Indian journal of veterinary science and animal husbandry - Volumes 18-21, 1948-1951
Year: 1948
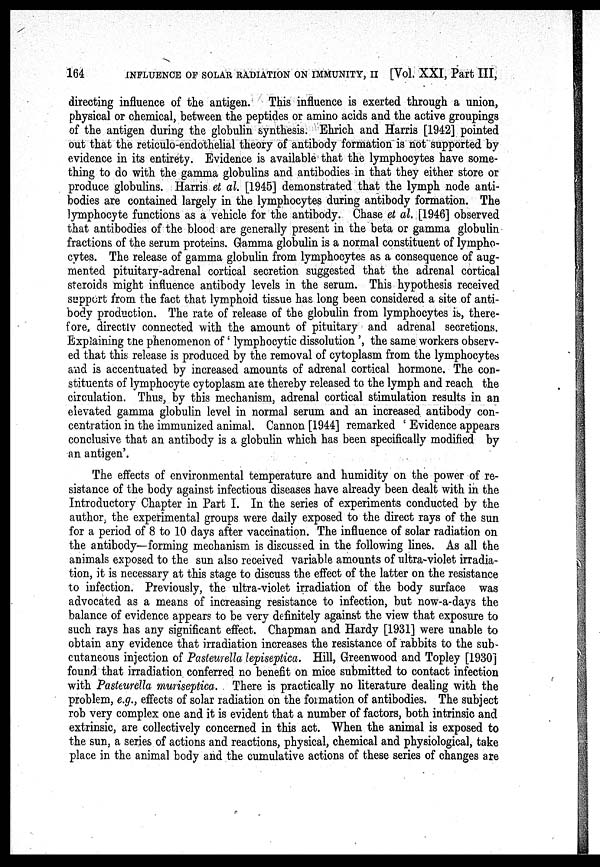
164
INFLUENCE OF SOLAR RADIATION ON IMMUNITY, II [Vol. XXI, Part III,
directing influence of the antigen. This influence is exerted through a union,
physical or chemical, between the peptides or amino acids and the active groupings
of the antigen during the globulin synthesis. Ehrich and Harris [1942] pointed
out that the reticulo-endothelial theory of antibody formation is not supported by
evidence in its entirety. Evidence is available that the lymphocytes have some-
thing to do with the gamma globulins and antibodies in that they either store or
produce globulins. Harris et al. [1945] demonstrated that the lymph node anti-
bodies are contained largely in the lymphocytes during antibody formation. The
lymphocyte functions as a vehicle for the antibody. Chase et al. [1946] observed
that antibodies of the blood are generally present in the beta or gamma globulin
fractions of the serum proteins. Gamma globulin is a normal constituent of lympho-
cytes. The release of gamma globulin from lymphocytes as a consequence of aug-
mented pituitary-adrenal cortical secretion suggested that the adrenal cortical
steroids might influence antibody levels in the serum. This hypothesis received
support from the fact that lymphoid tissue has long been considered a site of anti-
body production. The rate of release of the globulin from lymphocytes is, there-
fore, directly connected with the amount of pituitary and adrenal secretions.
Explaining the phenomenon of 'lymphocytic dissolution', the same workers observ-
ed that this release is produced by the removal of cytoplasm from the lymphocytes
and is accentuated by increased amounts of adrenal cortical hormone. The con-
stituents of lymphocyte cytoplasm are thereby released to the lymph and reach the
circulation. Thus, by this mechanism, adrenal cortical stimulation results in an
elevated gamma globulin level in normal serum and an increased antibody con-
centration in the immunized animal. Cannon [1944] remarked 'Evidence appears
conclusive that an antibody is a globulin which has been specifically modified by
an antigen'.
The effects of environmental temperature and humidity on the power of re-
sistance of the body against infectious diseases have already been dealt with in the
Introductory Chapter in Part I. In the series of experiments conducted by the
author the experimental groups were daily exposed to the direct rays of the sun
for a period of 8 to 10 days after vaccination. The influence of solar radiation on
the antibody—forming mechanism is discussed in the following lines. As all the
animals exposed to the sun also received variable amounts of ultra-violet irradia-
tion, it is necessary at this stage to discuss the effect of the latter on the resistance
to infection. Previously, the ultra-violet irradiation of the body surface was
advocated as a means of increasing resistance to infection, but now-a-days the
balance of evidence appears to be very definitely against the view that exposure to
such rays has any significant effect. Chapman and Hardy [1931] were unable to
obtain any evidence that irradiation increases the resistance of rabbits to the sub-
cutaneous injection of Pasteurella lepiseptica. Hill, Greenwood and Topley [1930]
found that irradiation conferred no benefit on mice submitted to contact infection
with Pasteurella muriseptica. There is practically no literature dealing with the
problem, e.g., effects of solar radiation on the formation of antibodies. The subject
rob very complex one and it is evident that a number of factors, both intrinsic and
extrinsic, are collectively concerned in this act. When the animal is exposed to
the sun, a series of actions and reactions, physical, chemical and physiological, take
place in the animal body and the cumulative actions of these series of changes are